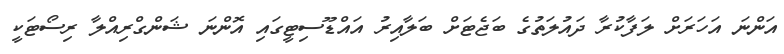
އަންނަ އަހަރަށް ލަފާކުރާ ދައުލަތުގެ ބަޖެޓަށް ބަލާއިރު އައްޑޫސިޓީގައި އޮންނަ ޝަންގްރިއްލާ ރިސޯޓަކީ